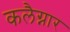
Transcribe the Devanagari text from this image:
कलैग्नार